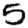
Digit: 5